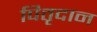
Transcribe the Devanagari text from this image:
पितृदान